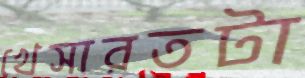
খেসারতটা